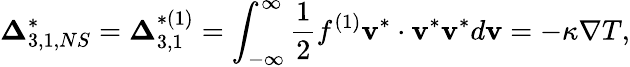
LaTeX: {\boldsymbol{\Delta}}_{3,1,NS}^{*}={\boldsymbol{\Delta}}_{3,1}^{*(1)}=\int_{-\infty}^{\infty}{\frac{1}{2}{f^{(1)}}{{\mathbf{v}}^{*}}\cdot{{\mathbf{v}}^{*}}{{\mathbf{v}}^{*}}d{\mathbf{v}}}=-\kappa\nabla T,